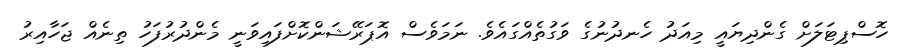
ހޮސްޕިޓަލަށް ގެންދިޔައީ މިއަދު ހެނދުނުގެ ވަގުތެއްގައެވެ. ނަމަވެސް އޮޕަރޭޝަންކޮށްފައިވަނީ މެންދުރުފަހު ތިނެއް ޖަހާއިރު